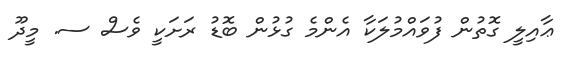
ޢާއިލީ ގޮތުން ފުވައްމުލަކާ އެންމެ ގުޅުން ބޮޑު ރަށަކީ ވެސް ސ. މީދޫ